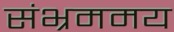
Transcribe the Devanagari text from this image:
संभ्रममय